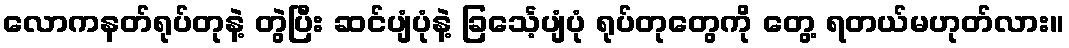
လောကနတ်ရုပ်တုနဲ့ တွဲပြီး ဆင်ပျံပုံနဲ့ ခြင်္သေ့ပျံပုံ ရုပ်တုတွေကို တွေ့ ရတယ်မဟုတ်လား။